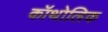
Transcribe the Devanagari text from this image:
कॉथोलिक